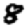
Digit: 8